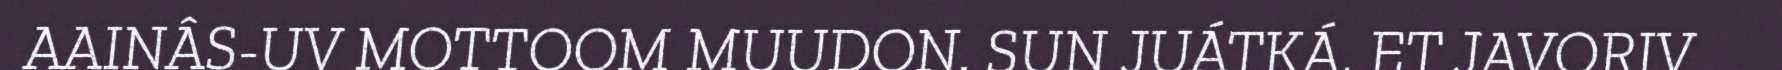
AAINÂS-UV MOTTOOM MUUDON. SUN JUÁTKÁ, ET JAVORIV